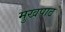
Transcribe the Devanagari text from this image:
मुखपाठ